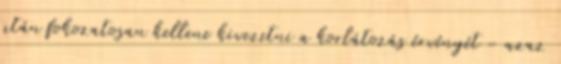
után fokozatosan kellene kivezetni a korlátozás érvényét - azaz